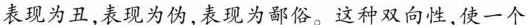
表现为丑,表现为伪,表现为鄙俗。这种双向性,使一个